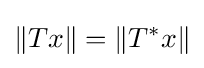
\|Tx\|=\left\|T^{*}x\right\|